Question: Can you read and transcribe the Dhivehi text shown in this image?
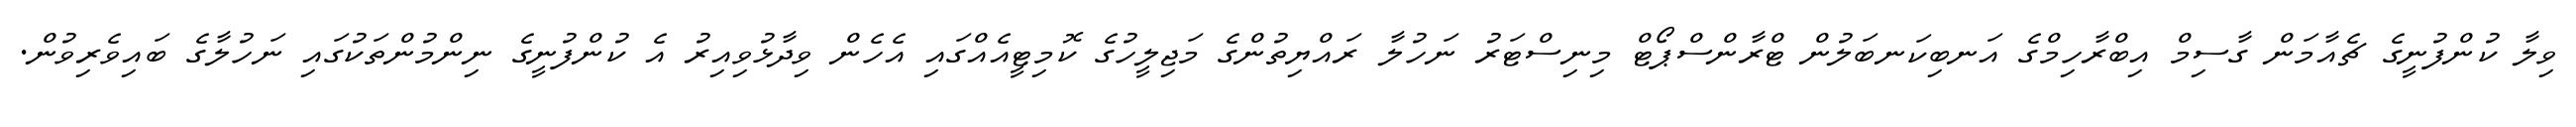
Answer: ވިލާ ކުންފުނީގެ ޗެއާމަން ގާސިމް އިބްރާހިމްގެ އަނބިކަނބަލުން ޓްރާންސްޕޯޓް މިނިސްޓަރު ނަހުލާ ރައްޔިތުންގެ މަޖިލީހުގެ ކޮމިޓީއެއްގައި އެހެން ވިދާޅުވިއިރު އެ ކުންފުނީގެ ނިންމުންތަކުގައި ނަހުލާގެ ބައިވެރިވުން.